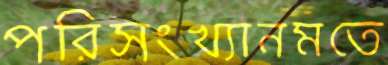
পরিসংখ্যানমতে